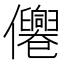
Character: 㒨